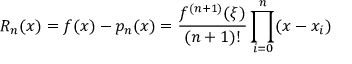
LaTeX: R _ { n } ( x ) = f ( x ) - p _ { n } ( x ) = { \frac { f ^ { ( n + 1 ) } ( \xi ) } { ( n + 1 ) ! } } \prod _ { i = 0 } ^ { n } ( x - x _ { i } )